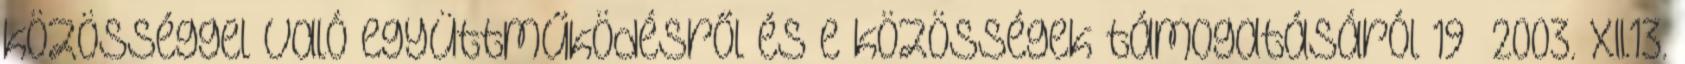
közösséggel való együttműködésről és e közösségek támogatásáról 19 2003. XII.13.